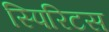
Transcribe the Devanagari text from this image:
स्पिरिटस